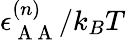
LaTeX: \epsilon_{\mathrm{~A~A~}}^{(n)}/k_{B}T